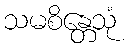
သမစိန္တေသုံ